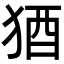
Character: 𬌲